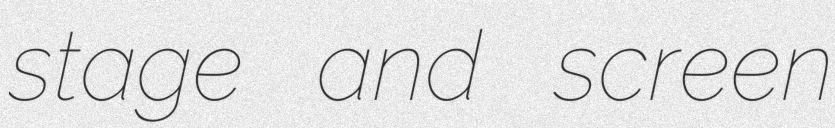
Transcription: stage and screen